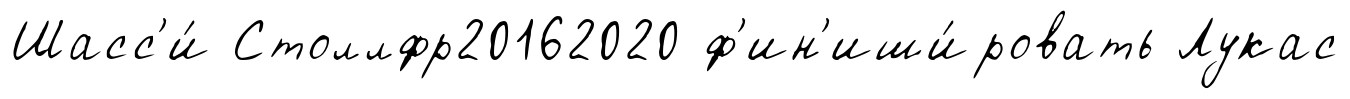
Шасс'и́ Столлфр20162020 ф'ин'иши́ровать Лукас